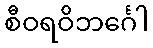
စီဝရဝိဘင်္ဂေါ